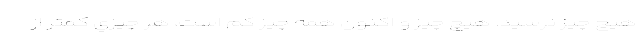
هيچ‌ چيز نرسيد. هيچ‌ چيز و اكنون همه ‌چيز كم است، هر چيزي كمتر از